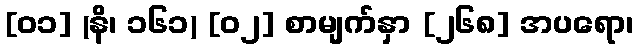
[၀၁] (နိ၊ ၁၆၁) [၀၂] စာမျက်နှာ [၂၆၈] အပရော၊